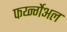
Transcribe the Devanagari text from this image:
फर्य्न्गेअल